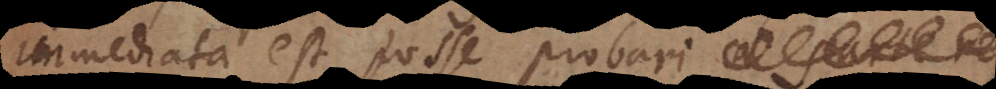
immediata est posse probari a